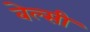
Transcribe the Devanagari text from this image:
बेल्सी